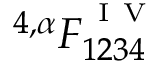
^ { 4 , \alpha } F _ { 1 2 3 4 } ^ { ^ { \mathrm { ~ I ~ V ~ } } }